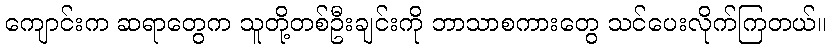
ကျောင်းက ဆရာတွေက သူတို့တစ်ဦးချင်းကို ဘာသာစကားတွေ သင်ပေးလိုက်ကြတယ်။